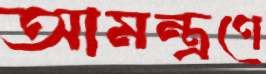
আমন্ত্রণে